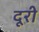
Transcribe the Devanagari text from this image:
दूरी